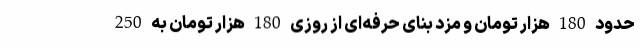
حدود 180 هزار تومان و مزد بنای حرفه‌ای از روزی 180 هزار تومان به 250